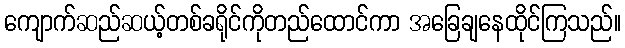
ကျောက်ဆည်ဆယ့်တစ်ခရိုင်ကိုတည်ထောင်ကာ အခြေချနေထိုင်ကြသည်။